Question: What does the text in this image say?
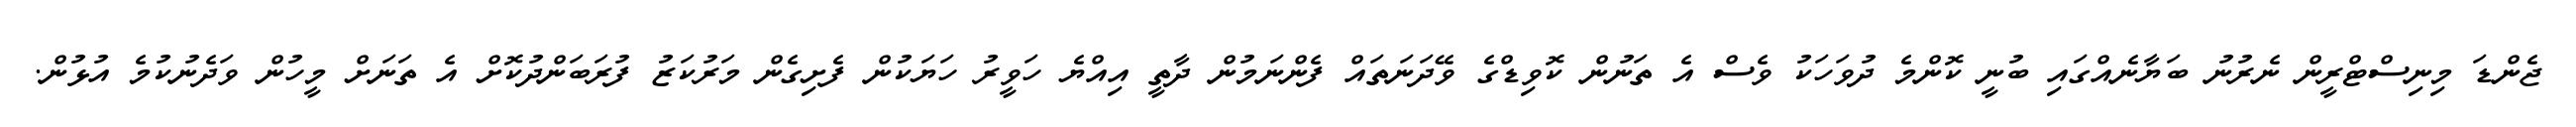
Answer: ޖެންޑަ މިނިސްޓްރީން ނެރުނު ބަޔާނެއްގައި ބުނީ ކޮންމެ ދުވަހަކު ވެސް އެ ތަނުން ކޮވިޑްގެ ވޭދަނަތައް ފެންނަމުން ދާތީ އިއްޔެ ހަވީރު ހަޔަކުން ފެށިގެން މަރުކަޒު ފުރަބަންދުކޮށް އެ ތަނަށް މީހުން ވަދެނުކުމެ އުޅުން.